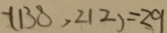
- ( 1 3 8 , 2 1 2 ) = 2 9